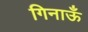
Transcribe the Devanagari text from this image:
गिनाऊँ